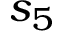
s _ { 5 }